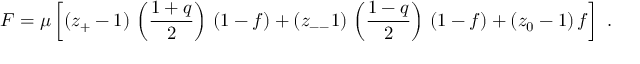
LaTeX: F = \mu \left[ ( z _ { + } - 1 ) \, \left( \frac { 1 + q } { 2 } \right) \, ( 1 - f ) + ( z _ { -- } 1 ) \, \left( \frac { 1 - q } { 2 } \right) \, ( 1 - f ) + ( z _ { 0 } - 1 ) \, f \right] \ .